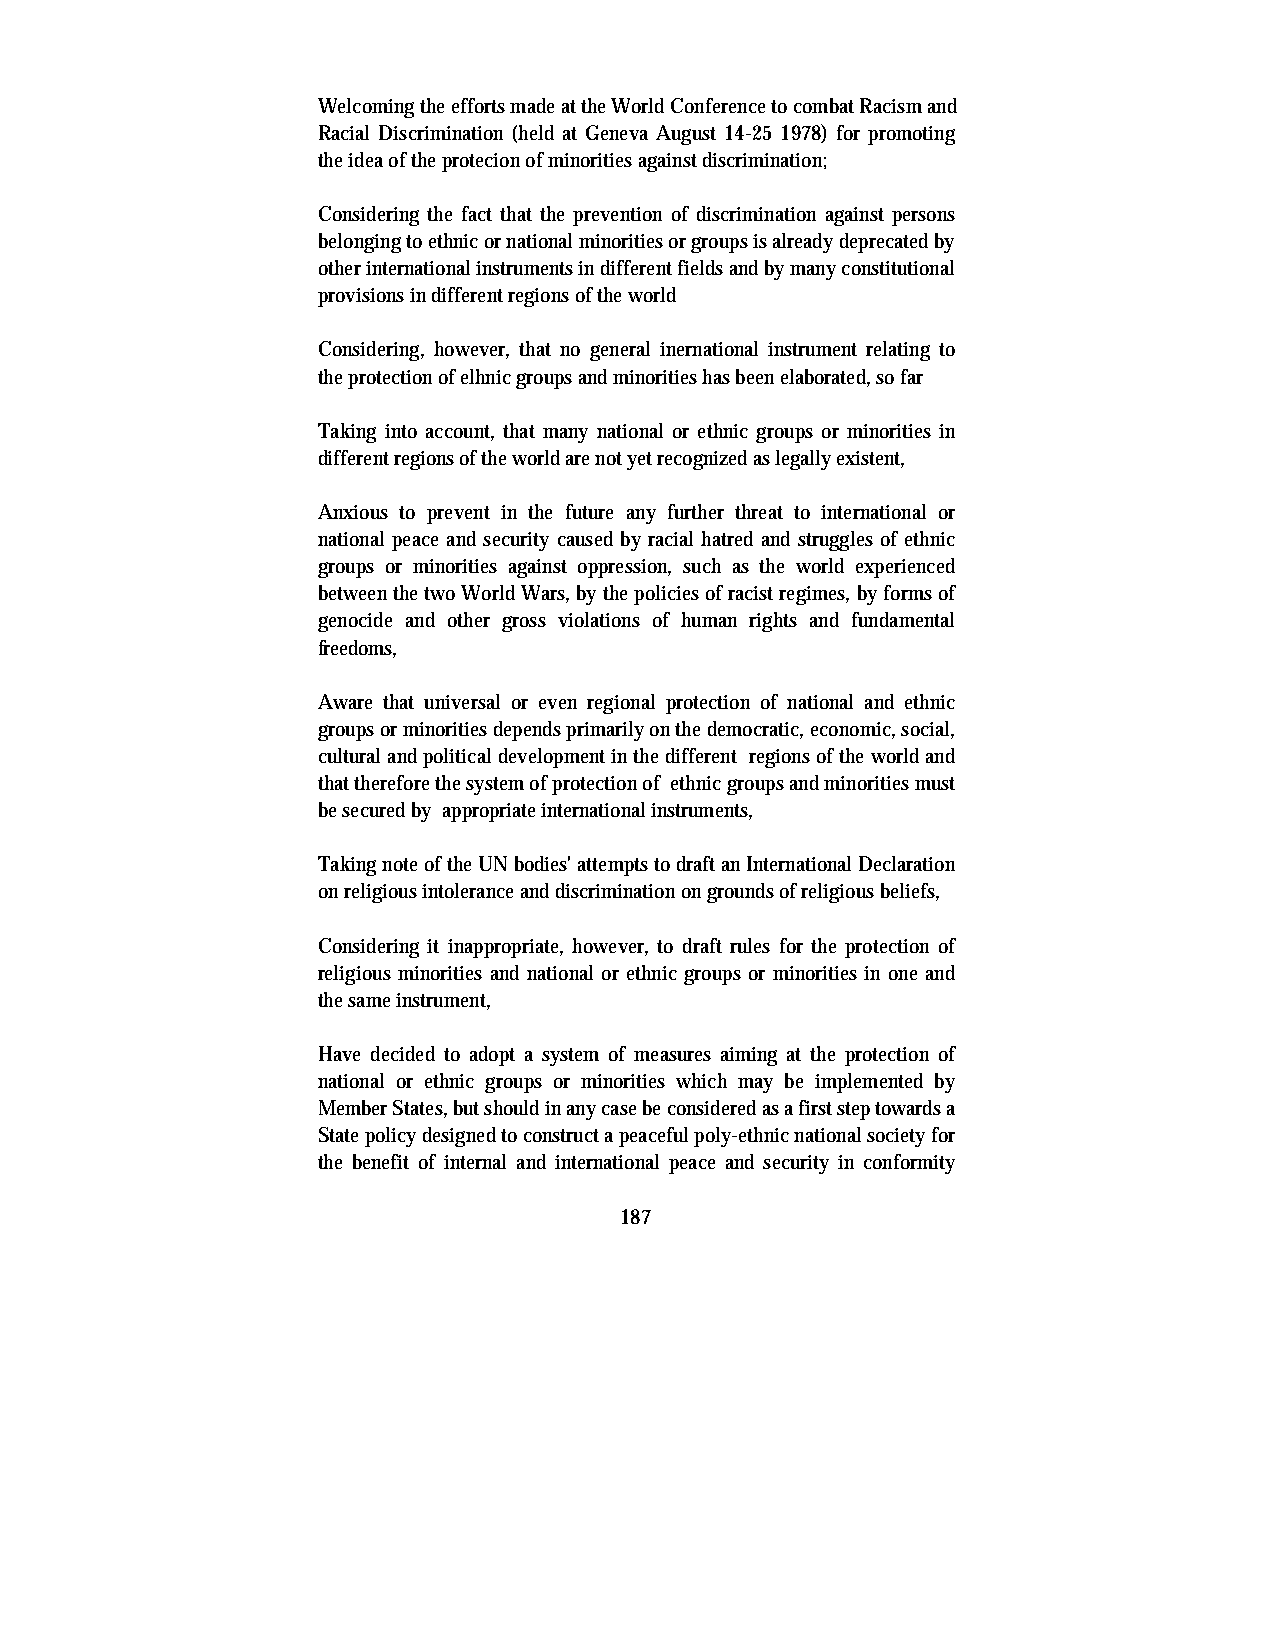
Welcoming the efforts made at the World Conference to combat Racism and
 Racial Discrimination (held at Geneva August 14-25 1978) for promoting
 the idea of the protecion of minorities against discrimination;
 Considering the fact that the prevention of discrimination against persons
 belonging to ethnic or national minorities or groups is already deprecated by
 other international instruments in different fields and by many constitutional
 provisions in different regions of the world
 Considering, however, that no general inernational instrument relating to
 the protection of elhnic groups and minorities has been elaborated, so far
 Taking into account, that many national or ethnic groups or minorities in
 different regions of the world are not yet recognized as legally existent,
 Anxious to prevent in the future any further threat to international or
 national peace and security caused by racial hatred and struggles of ethnic
 groups or minorities against oppression, such as the world experienced
 between the two World Wars, by the policies of racist regimes, by forms of
 genocide and other gross violations of human rights and fundamental
 freedoms,
 Aware that universal or even regional protection of national and ethnic
 groups or minorities depends primarily on the democratic, economic, social,
 cultural and political development in the different regions of the world and
 that therefore the system of protection of ethnic groups and minorities must
 be secured by appropriate international instruments,
 Taking note of the UN bodies' attempts to draft an International Declaration
 on religious intolerance and discrimination on grounds of religious beliefs,
 Considering it inappropriate, however, to draft rules for the protection of
 religious minorities and national or ethnic groups or minorities in one and
 the same instrument,
 Have decided to adopt a system of measures aiming at the protection of
 national or ethnic groups or minorities which may be implemented by
 Member States, but should in any case be considered as a first step towards a
 State policy designed to construct a peaceful poly-ethnic national society for
 the benefit of internal and international peace and security in conformity
 187